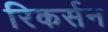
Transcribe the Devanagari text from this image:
रिकर्सन